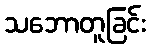
သဘောတူခြင်း